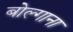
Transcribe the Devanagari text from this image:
बोल्गाना